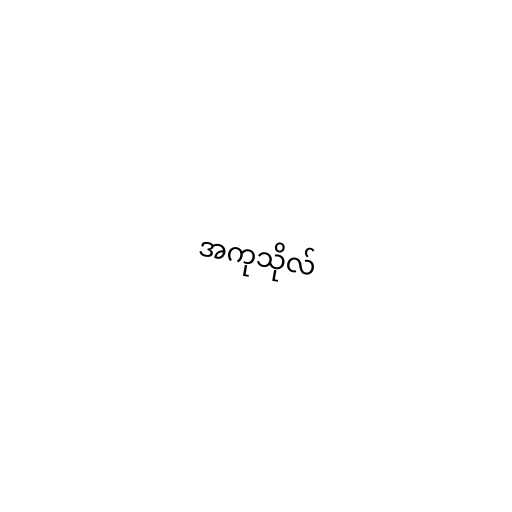
အကုသိုလ်